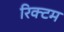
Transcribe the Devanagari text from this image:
रिक्टम